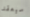
سيعقد